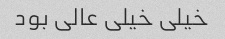
خیلی خیلی عالی بود